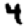
Digit: 4